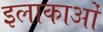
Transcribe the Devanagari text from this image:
इलाकाओं